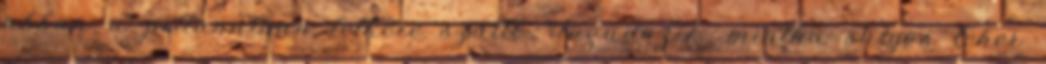
abban a pillanatban lelkére szállt. Ingadozik, mintha sulyos teher